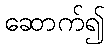
ဆောက်၍